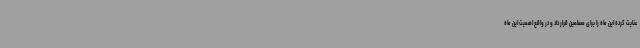
عنایت کرده این ماه را برای مسلمین قرار داد و در واقع اهمیت این ماه